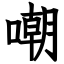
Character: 嘲